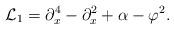
LaTeX: \begin{align*}\mathcal{L}_1= \partial_x^4-\partial_x^2+\alpha-\varphi^2.\end{align*}